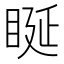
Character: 䀽